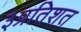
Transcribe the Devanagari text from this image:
३प्रतिशत